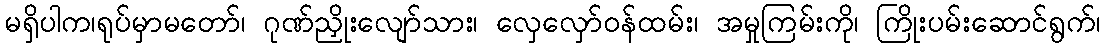
မရှိပါက၊ရုပ်မှာမတော်၊ ဂုဏ်ညှိုးလျော်သား၊ လှေလှော်ဝန်ထမ်း၊ အမှုကြမ်းကို၊ ကြိုးပမ်းဆောင်ရွက်၊